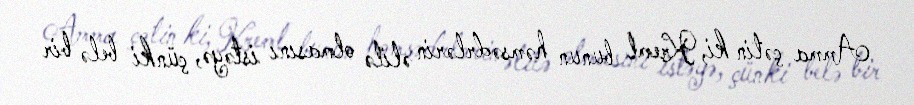
Amma çətin ki, Kreml bunun həmsədrlərin əlilə olmasını istəyə, çünki belə bir